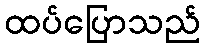
ထပ်ပြောသည်